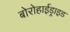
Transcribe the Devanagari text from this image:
बोरोहाईड्राइड